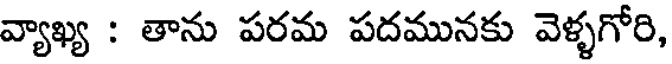
వ్యాఖ్య : తాను పరమ పదమునకు వెళ్ళగోరి,